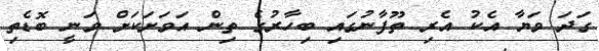
ގަދަ ވަޔާ އެކު އެރި ތޫފާނުގައި ބިހާރުގެ ތިން އަވަށަކަށް ވަނީ ބޮޑެތި